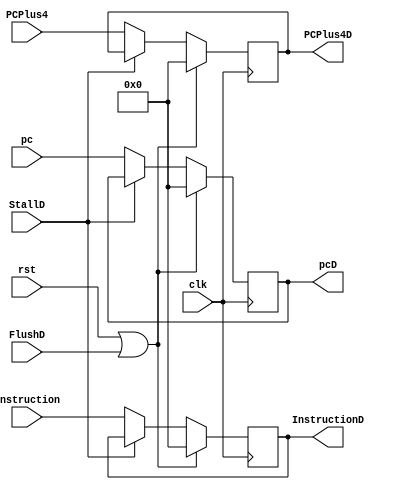
`timescale 1ns / 1ps
//////////////////////////////////////////////////////////////////////////////////
// Company: 
// Engineer: 
// 
// Design Name: 
// Module Name: inst_reg
// Project Name: 
// Target Devices: 
// Tool Versions: 
// Description: 
// 
// Dependencies: 
// 
// Revision:
// Revision 0.01 - File Created
// Additional Comments:
// 
//////////////////////////////////////////////////////////////////////////////////


module inst_reg(input [31:0] pc,Instruction,PCPlus4,input FlushD,input StallD, input clk,
input rst, output reg [31:0] pcD,InstructionD,PCPlus4D);

 always @(posedge clk)
 begin
 if (rst || FlushD)
 begin
 pcD= 32'b00;
 InstructionD=32'b00;
 PCPlus4D=32'b00;
  end
else if(!StallD)
begin
 pcD<=pc;
 InstructionD<=Instruction;
 PCPlus4D<=PCPlus4;
end
end
endmodule